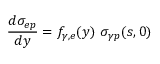
\frac { d \sigma _ { e p } } { d y } = f _ { \gamma , e } ( y ) \ \sigma _ { \gamma p } ( s , 0 )